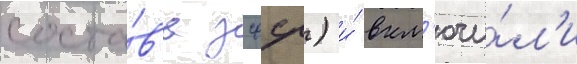
соста́в'е зсфср) и́ вкл'ючи́л'и